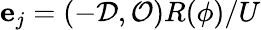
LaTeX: \boldsymbol{\mathrm{e}}_{j}=(-\mathcal{{D}},\mathcal{{O}})R(\phi)/U